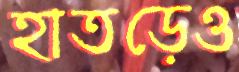
হাতড়েও